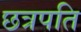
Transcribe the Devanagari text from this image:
छत्रपति